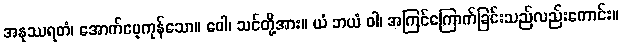
အနုဿရတံ၊ အောက်မေ့ကုန်သော။ ဝေါ၊ သင်တို့အား။ ယံ ဘယံ ဝါ၊ အကြင်ကြောက်ခြင်းသည်လည်းကောင်း။